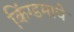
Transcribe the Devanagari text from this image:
किंग्डमाचे